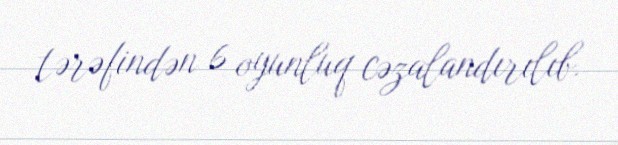
tərəfindən 6 oyunluq cəzalandırılıb.